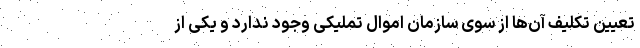
تعیین تکلیف آن‌ها از سوی سازمان اموال تملیکی وجود ندارد و یکی از